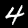
Label: 4